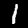
Label: 1